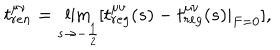
LaTeX: t _ { r e n } ^ { \mu \nu } = \lim _ { s \rightarrow - \frac 1 2 } [ t _ { r e g } ^ { \mu \nu } ( s ) - t _ { r e g } ^ { \mu \nu } ( s ) | _ { F = 0 } ] ,